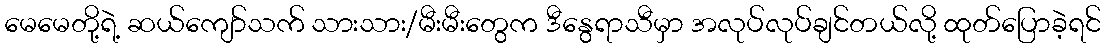
မေမေတို့ရဲ့ ဆယ်ကျော်သက် သားသား/မီးမီးတွေက ဒီနွေရာသီမှာ အလုပ်လုပ်ချင်တယ်လို့ ထုတ်ပြောခဲ့ရင်